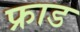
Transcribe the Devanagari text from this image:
फ्राड